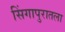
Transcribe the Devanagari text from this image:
सिंगापुरातला